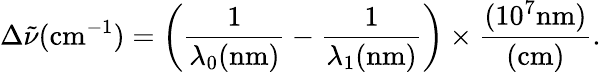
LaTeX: \Delta{\tilde{\nu}}({\mathrm{cm}}^{-1})=\left({\frac{1}{\lambda_{0}({\mathrm{nm}})}}-{\frac{1}{\lambda_{1}({\mathrm{nm}})}}\right)\times{\frac{(10^{7}{\mathrm{nm}})}{({\mathrm{cm}})}}.